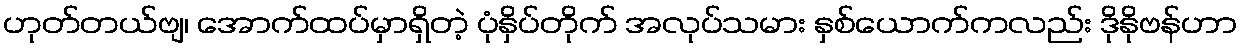
ဟုတ်တယ်ဗျ၊ အောက်ထပ်မှာရှိတဲ့ ပုံနှိပ်တိုက် အလုပ်သမား နှစ်ယောက်ကလည်း ဒိုနိုဗန်ဟာ